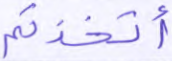
أتخذتم